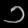
Digit: ၁